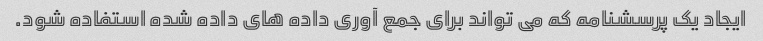
ایجاد یک پرسشنامه که می تواند برای جمع آوری داده های داده شده استفاده شود.